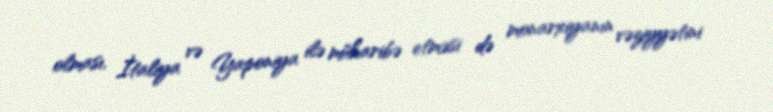
olması, İtaliya və Yaponiya ilə müharibə etməsi də monarxiyanın vəziyyətini